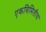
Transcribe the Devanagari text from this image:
एकविमितीय